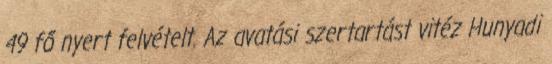
49 fő nyert felvételt. Az avatási szertartást vitéz Hunyadi